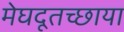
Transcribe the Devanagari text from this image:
मेघदूतच्छाया